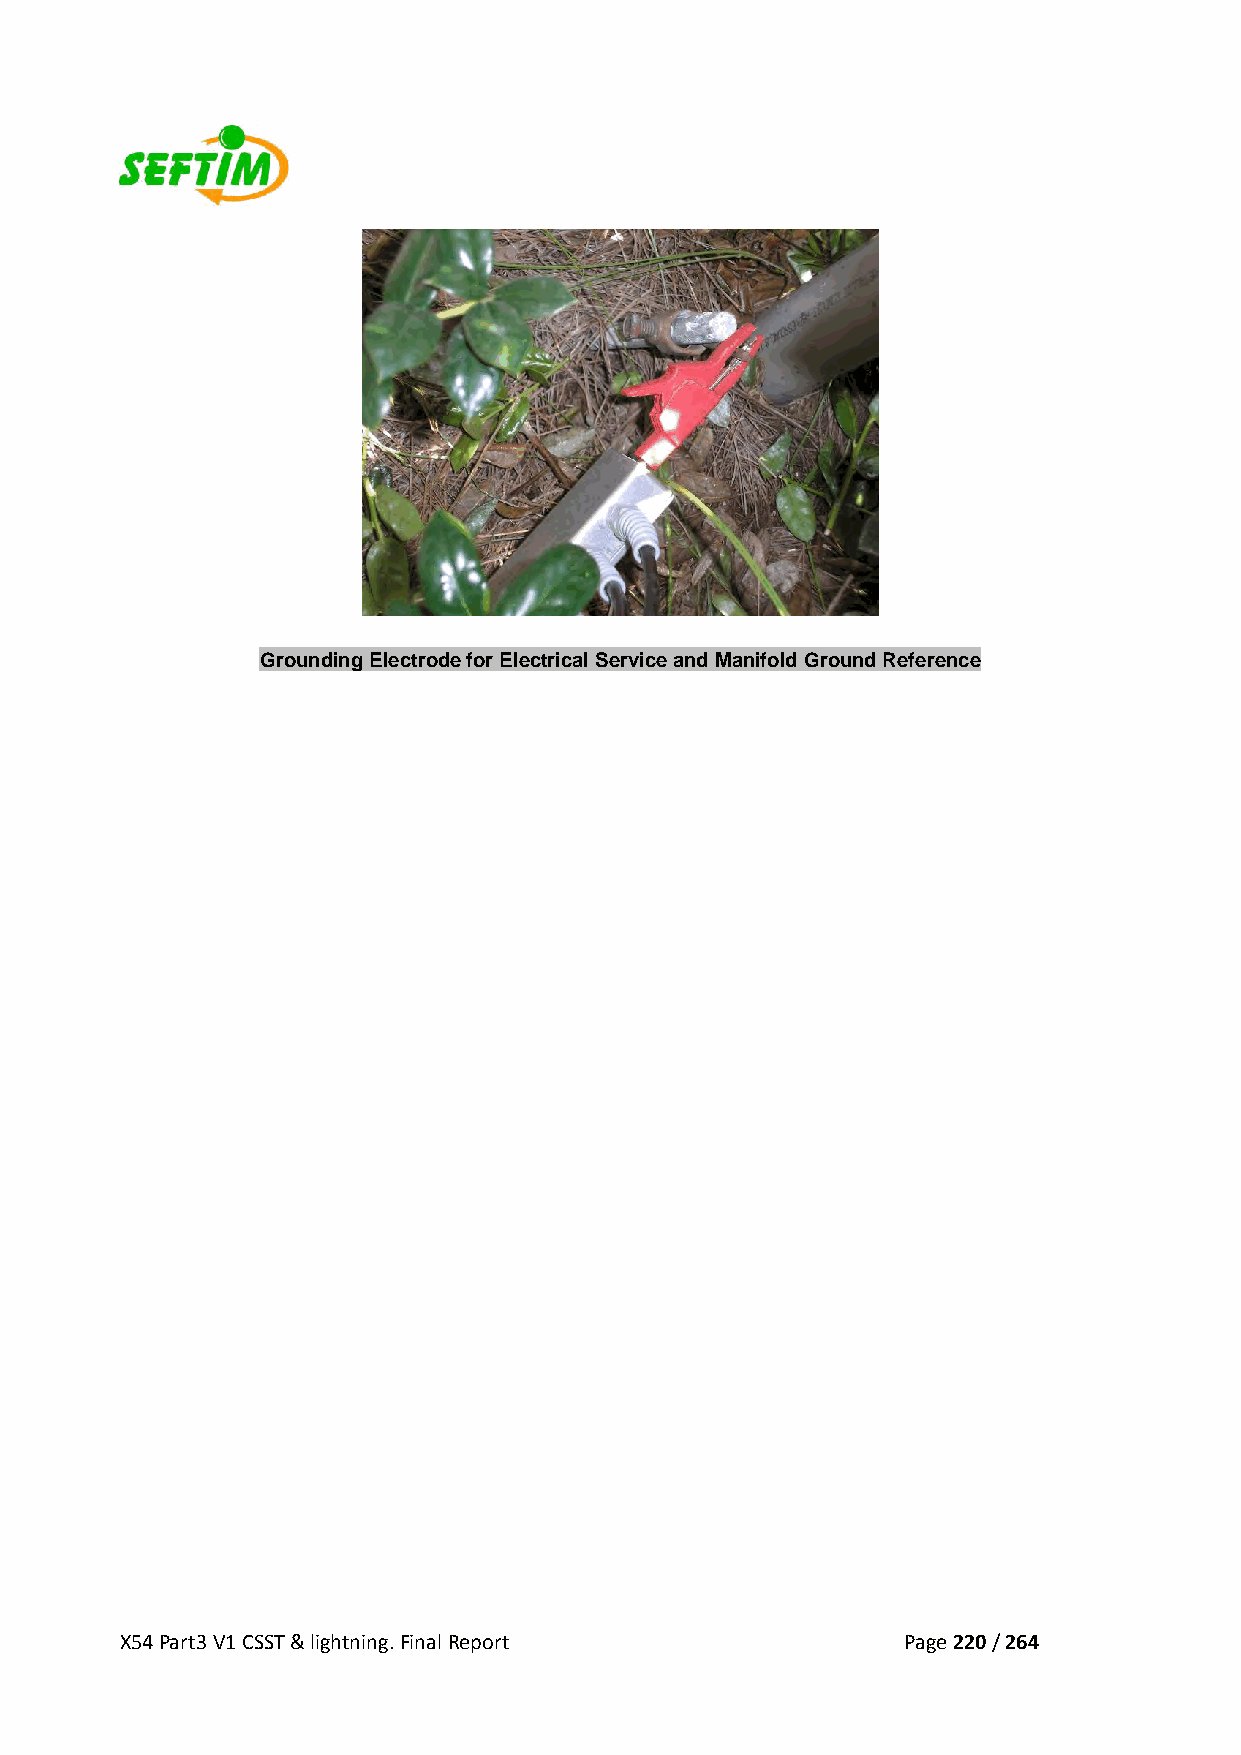
Grounding Electrode for Electrical Service and Manifold Ground Reference
 X54 Part3 V1 CSST & lightning. Final Report         Page 220 / 264